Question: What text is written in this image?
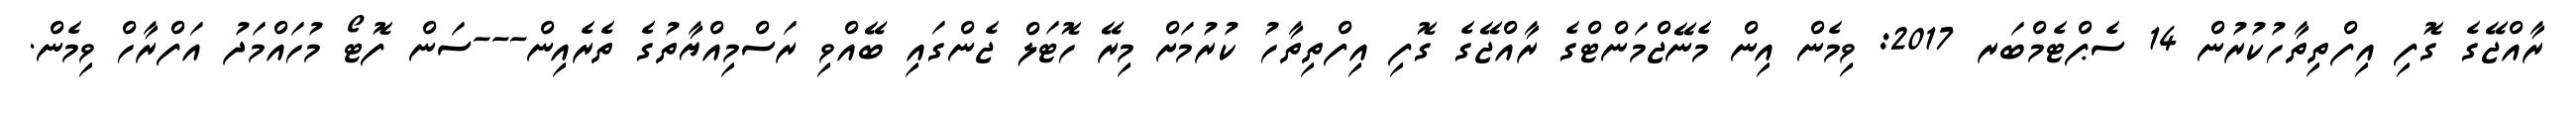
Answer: ރާއްޖޭގެ ގޮފި އިފްތިތާހުކުރުން 14 ސެޕްޓެމްބަރ 2017: ވިމެން އިން މެނޭޖްމަންޓްގެ ރާއްޖޭގެ ގޮފި އިފްތިތާހު ކުރުމަށް މިރޭ ހޮޓަލް ޖެންގައި ބޭއްވި ރަސްމިއްޔާތުގެ ތެރެއިން---ސަން ފޮޓޯ މުހައްމަދު އަފްރާހް ވިމެން.